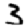
Digit: 3